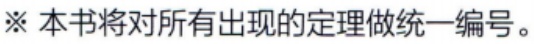
※ 本书将对所有出现的定理做统一编号。